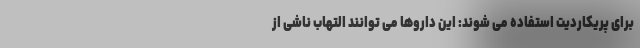
برای پریکاردیت استفاده می شوند: این داروها می توانند التهاب ناشی از